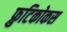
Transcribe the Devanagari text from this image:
फ्रुटिकोकस